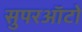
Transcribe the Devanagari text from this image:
सुपरऑटो